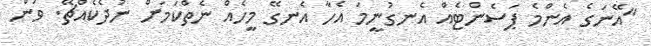
"އޭނަގެ އެންމެ ޕަސެންޓެއް އެނގުނީމަ އެހާ އެނގޭ މީހެއް ނެތްކަމަށް ނުދެކެއްޗޭ. ވަން